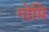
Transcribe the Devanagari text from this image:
गोमि